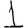
Digit: 1